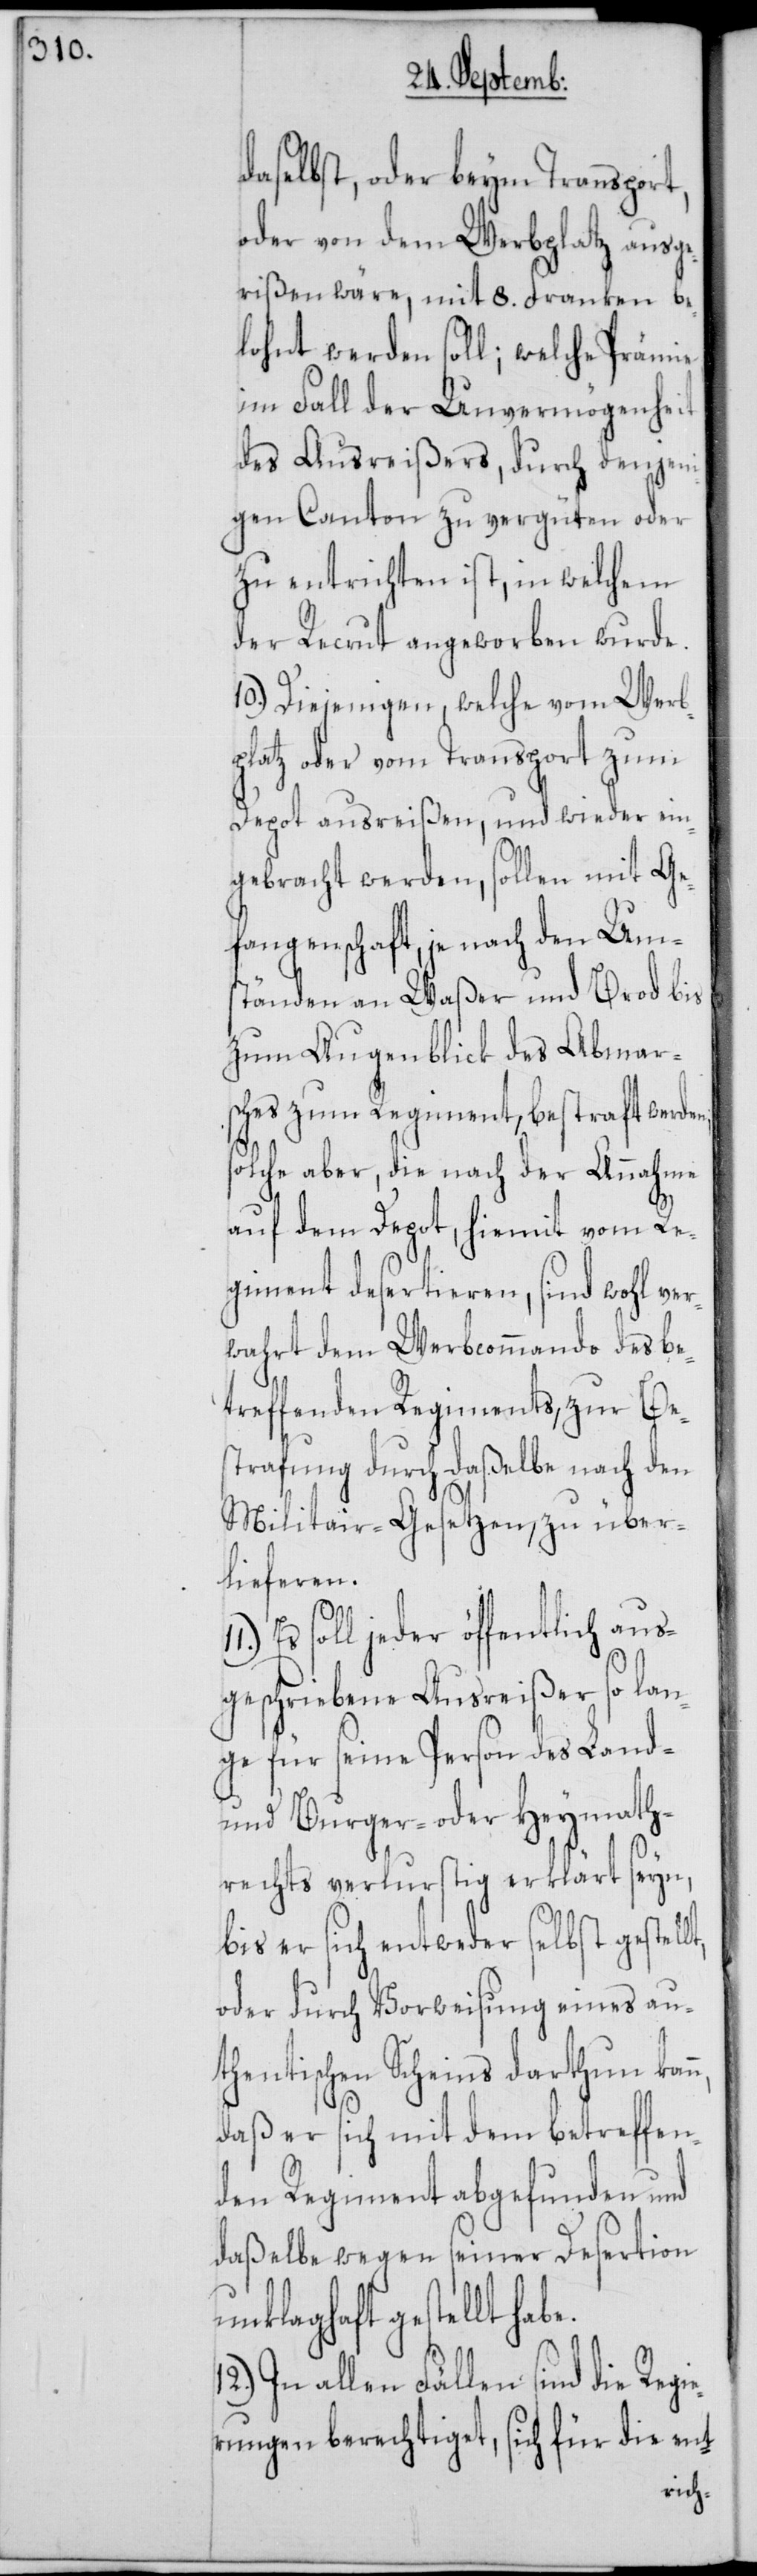
daselbst, oder beym Transport,
oder von dem Werbplatz ausg¬
erißen wäre, mit 8. Franken be¬
lohnt werden soll; welche Prämie
im Fall der Unvermögenheit
des Ausreißers, durch denjeni¬
gen Canton zu vergüten oder
zu entrichten ist, in welchem
der Recrut angeworben wurde.
10.) Diejenigen, welche vom Werb¬
platz oder vom Transport zum
Depot ausreißen, und wieder ein¬
gebracht werden, sollen mit Ge¬
fangenschaft, je nach den Um¬
ständen an Waßer und Brod bis
zum Augenblick des Abmar¬
sches zum Regiment, bestraft werden;
solche aber, die nach der Annahme
auf dem Depot, hiemit vom Re¬
giment desertieren, sind wohl ver¬
wahrt dem Werbkommando des be¬
treffenden Regiments, zur Be¬
strafung durch daßelbe nach den
Militair-Gesetzen, zu über¬
lieferen.
Es soll jeder öffentlich aus¬
geschriebene Ausreißer so lan¬
ge für seine Person des Land-
und Burger- oder Heymath¬
rechts verlurstig erklärt seyn,
bis er sich entweder selbst gestellt,
oder durch Vorweisung eines au¬
thentischen Scheins darthun kann,
daß er sich mit dem betreffen¬
den Regiment abgefunden und
daßelbe wegen seiner Desertion
unklaghaft gestellt
In allen Fällen sind die Regi¬
erungen berechtiget, sich für die ent-